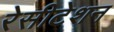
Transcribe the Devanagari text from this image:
रेसीटेशन